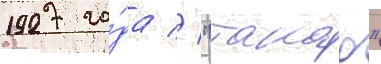
1927 го́да // "такао"